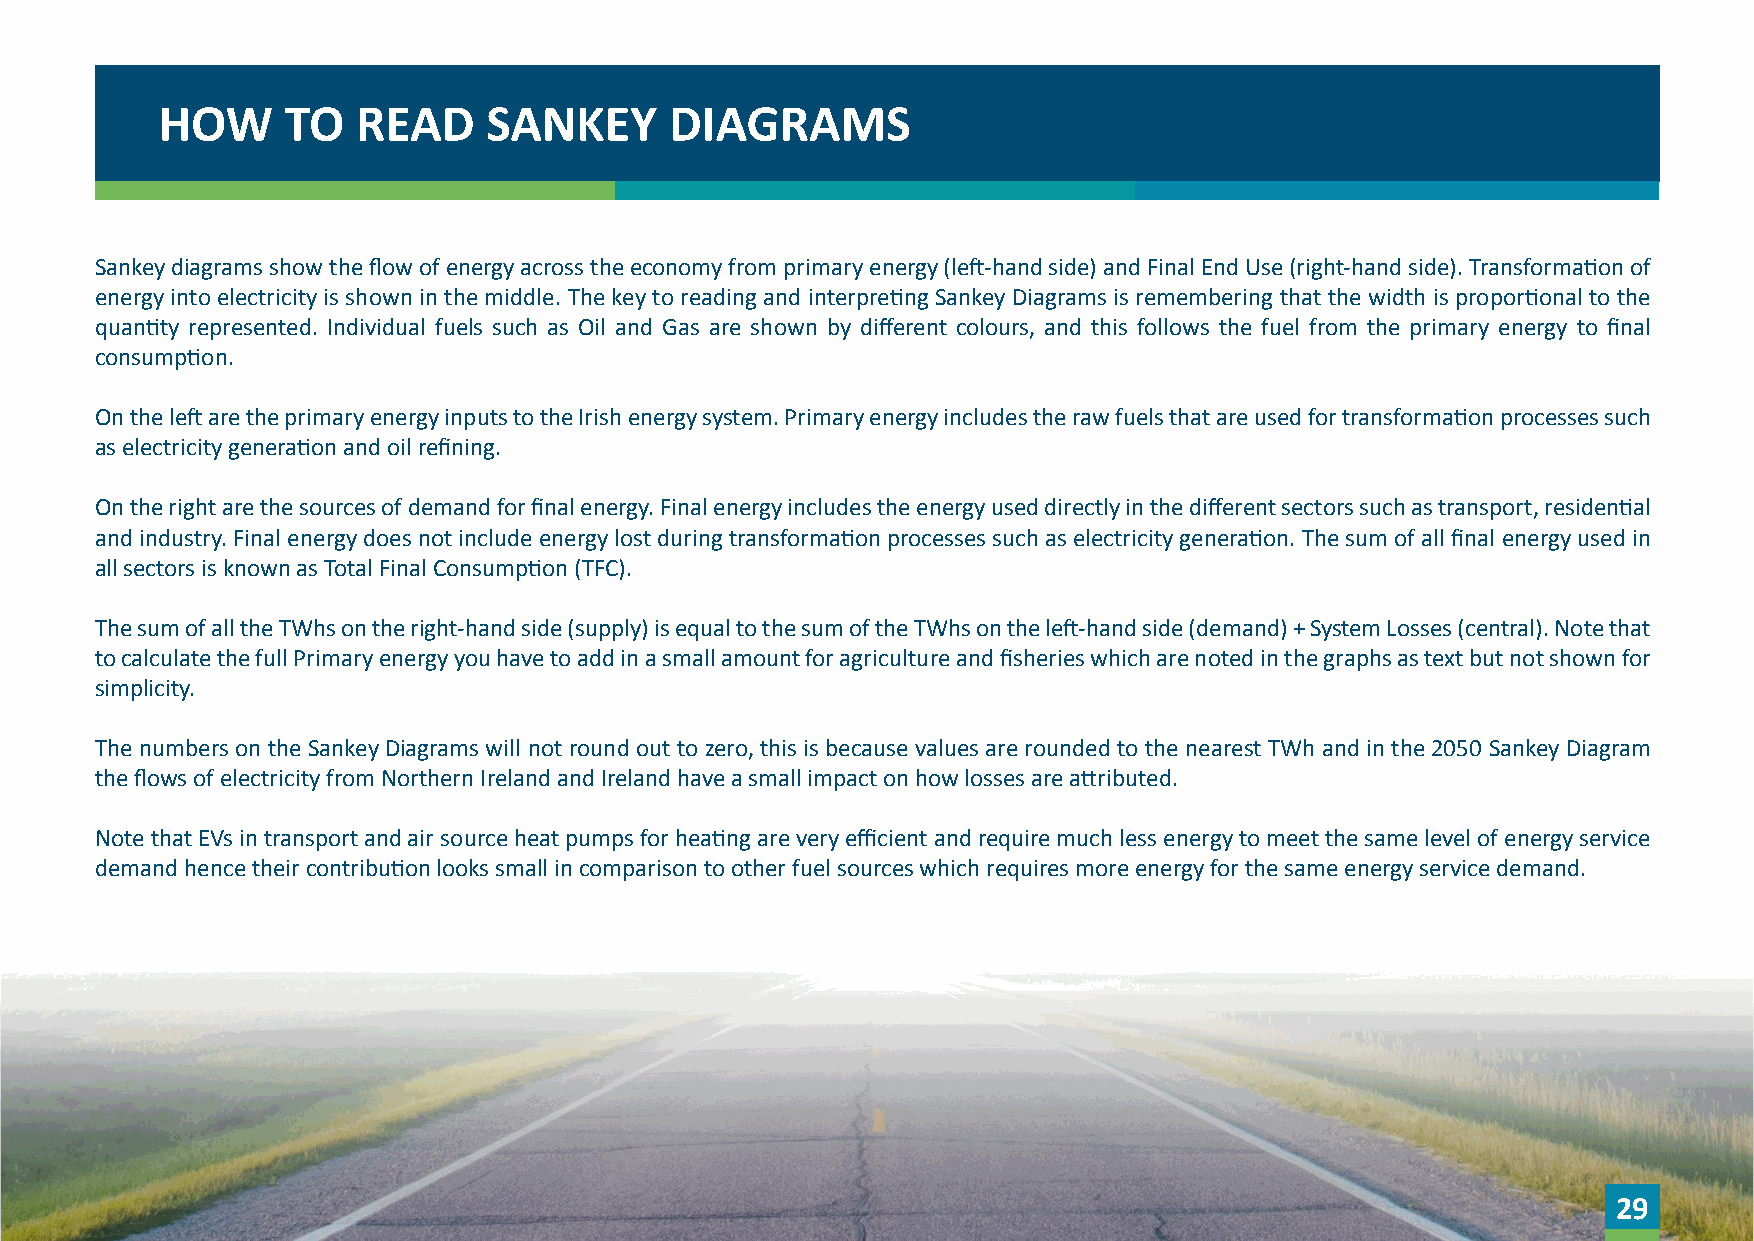
HOW      TO   READ    SANKEY      DIAGRAMS
 Sankey diagrams show the flow of energy across the economy from primary energy (left-hand side) and Final End Use (right-hand side). Transformation of
 energy into electricity is shown in the middle. The key to reading and interpreting Sankey Diagrams is remembering that the width is proportional to the
 quantity represented. Individual fuels such as Oil and Gas are shown by different colours, and this follows the fuel from the primary energy to final
 consumption.
 On the left are the primary energy inputs to the Irish energy system. Primary energy includes the raw fuels that are used for transformation processes such
 as electricity generation and oil refining.
 On the right are the sources of demand for final energy. Final energy includes the energy used directly in the different sectors such as transport, residential
 and industry. Final energy does not include energy lost during transformation processes such as electricity generation. The sum of all final energy used in
 all sectors is known as Total Final Consumption (TFC).
 The sum of all the TWhs on the right-hand side (supply) is equal to the sum of the TWhs on the left-hand side (demand) + System Losses (central). Note that
 to calculate the full Primary energy you have to add in a small amount for agriculture and fisheries which are noted in the graphs as text but not shown for
 simplicity.
 The numbers on the Sankey Diagrams will not round out to zero, this is because values are rounded to the nearest TWh and in the 2050 Sankey Diagram
 the flows of electricity from Northern Ireland and Ireland have a small impact on how losses are attributed.
 Note that EVs in transport and air source heat pumps for heating are very efficient and require much less energy to meet the same level of energy service
 demand hence their contribution looks small in comparison to other fuel sources which requires more energy for the same energy service demand.
 29